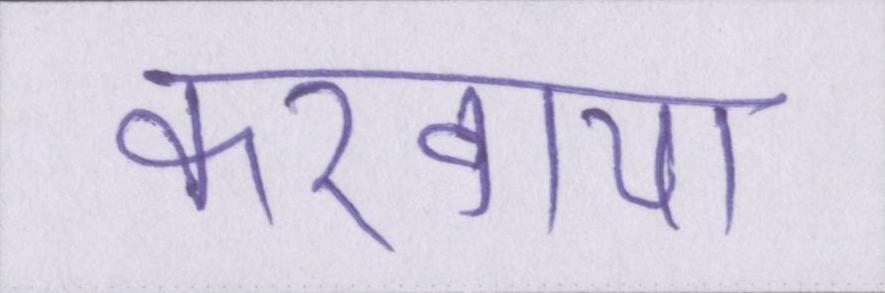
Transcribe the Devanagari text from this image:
करवाया